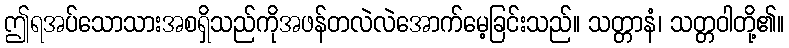
ဤရအပ်သောသားအစရှိသည်ကိုအဖန်တလဲလဲအောက်မေ့ခြင်းသည်။ သတ္တာနံ၊ သတ္တဝါတို့၏။